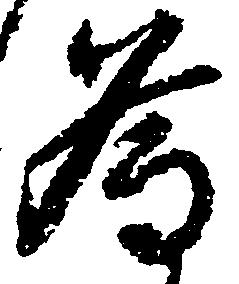
為